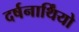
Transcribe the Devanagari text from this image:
दर्षनार्थिंयो